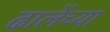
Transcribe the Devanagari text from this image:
ढालेंच्या